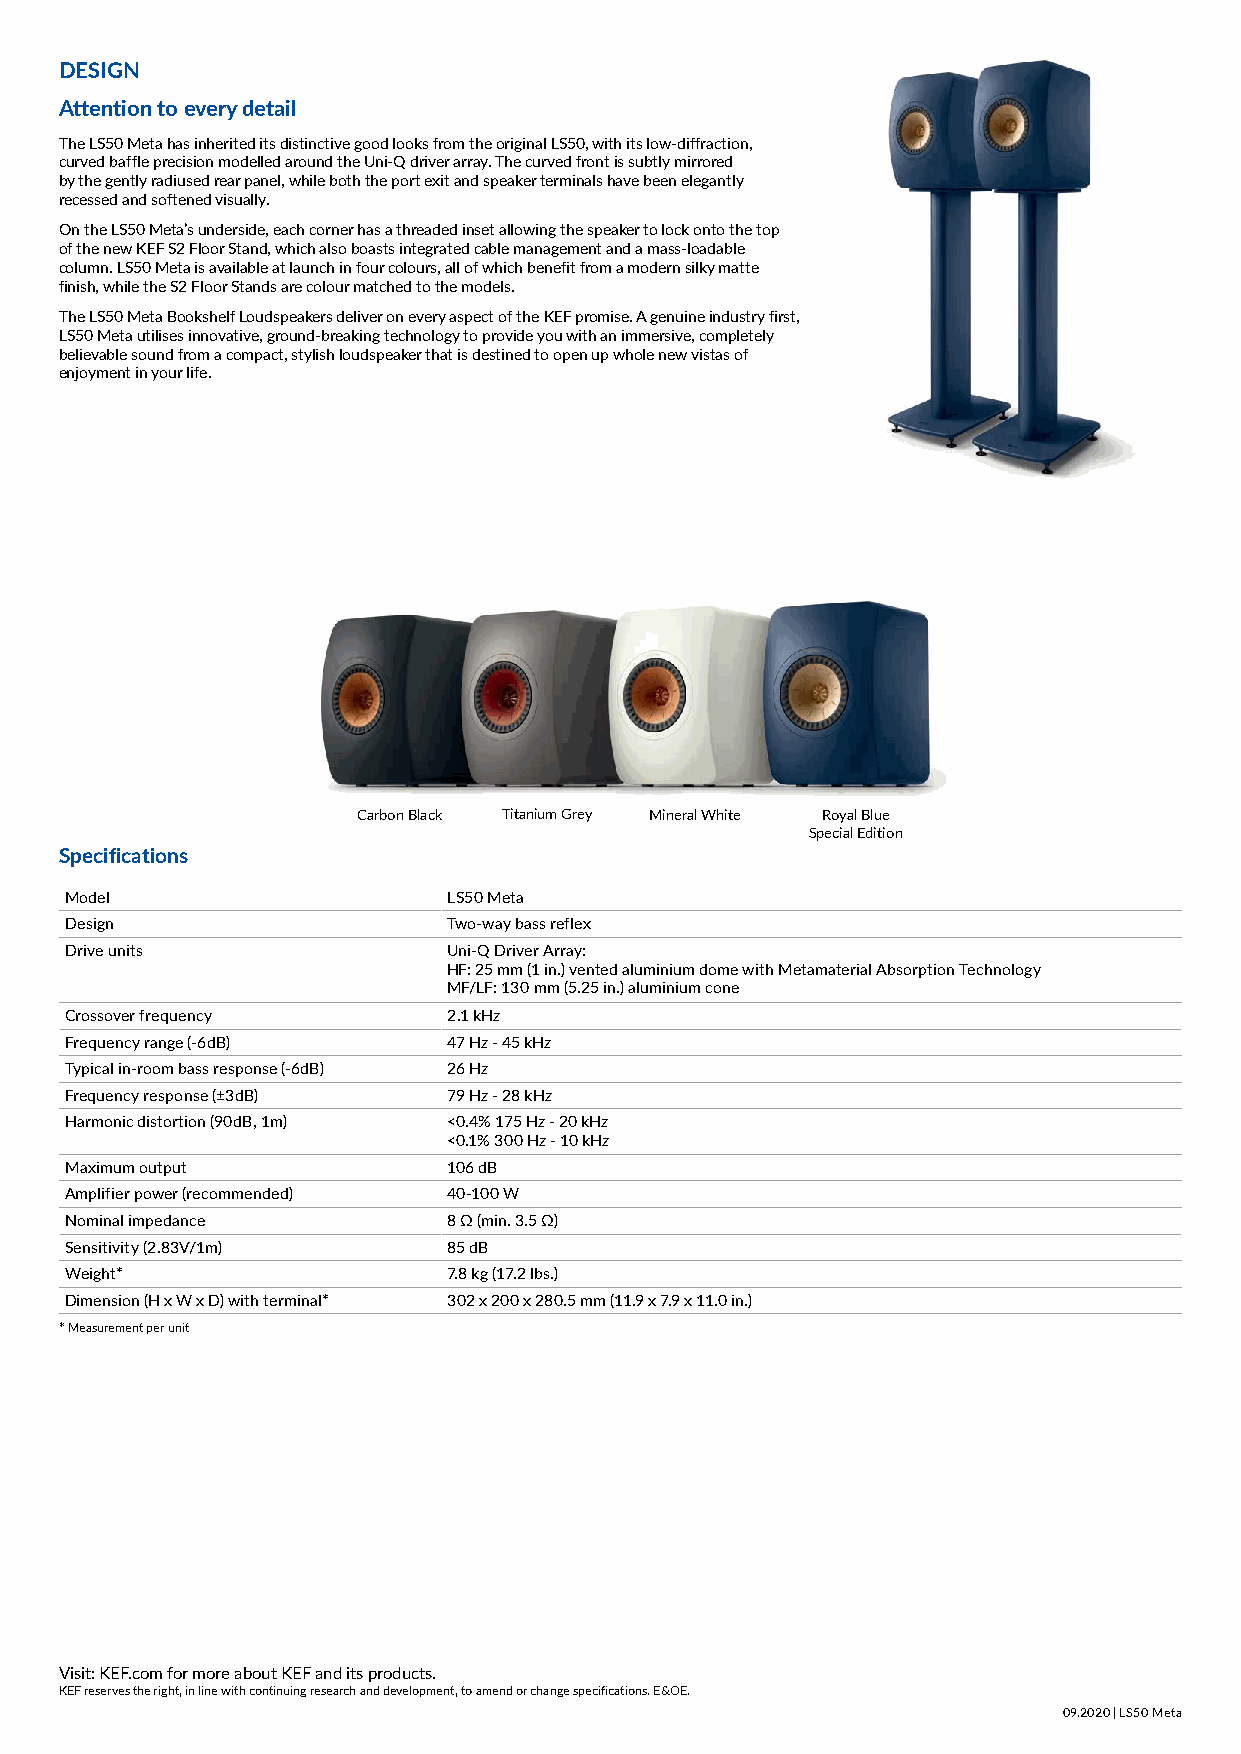
DESIGN
 Attention to every detail
 The LS50 Meta has inherited its distinctive good looks from the original LS50, with its low-diffraction,
 curved baffle precision modelled around the Uni-Q driver array. The curved front is subtly mirrored
 by the gently radiused rear panel, while both the port exit and speaker terminals have been elegantly
 recessed and softened visually.
 On the LS50 Meta’s underside, each corner has a threaded inset allowing the speaker to lock onto the top
 of the new KEF S2 Floor Stand, which also boasts integrated cable management and a mass-loadable
 column. LS50 Meta is available at launch in four colours, all of which benefit from a modern silky matte
 finish, while the S2 Floor Stands are colour matched to the models.
 The LS50 Meta Bookshelf Loudspeakers deliver on every aspect of the KEF promise. A genuine industry first,
 LS50 Meta utilises innovative, ground-breaking technology to provide you with an immersive, completely
 believable sound from a compact, stylish loudspeaker that is destined to open up whole new vistas of
 enjoyment in your life.
 Carbon Black Titanium Grey Mineral White Royal Blue
 Special Edition
 Specifications
 Model                     LS50 Meta
 Design                    Two-way bass reflex
 Drive units               Uni-Q Driver Array:
 HF: 25 mm (1 in.) vented aluminium dome with Metamaterial Absorption Technology
 MF/LF: 130 mm (5.25 in.) aluminium cone
 Crossover frequency       2.1 kHz
 Frequency range (-6dB)    47 Hz - 45 kHz
 Typical in-room bass response (-6dB) 26 Hz
 Frequency response (±3dB) 79 Hz - 28 kHz
 Harmonic distortion (90dB, 1m) <0.4% 175 Hz - 20 kHz
 <0.1% 300 Hz - 10 kHz
 Maximum output            106 dB
 Amplifier power (recommended) 40-100 W
 Nominal impedance         8 Ω (min. 3.5 Ω)
 Sensitivity (2.83V/1m)    85 dB
 Weight*                   7.8 kg (17.2 lbs.)
 Dimension (H x W x D) with terminal* 302 x 200 x 280.5 mm (11.9 x 7.9 x 11.0 in.)
 * Measurement per unit
 Visit: KEF.com for more about KEF and its products.
 KEF reserves the right, in line with continuing research and development, to amend or change specifications. E&OE.
 09.2020 | LS50 Meta